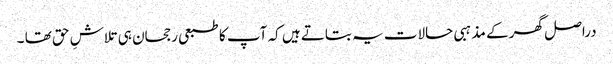
دراصل گھر کے مذہبی حالات یہ بتاتے ہیں کہ آپ کا طبعی رجحان ہی تلاشِ حق تھا ۔